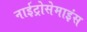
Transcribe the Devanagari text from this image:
नाईट्रोसेमाइंस